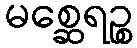
မစ္ဆေရဉ္စ